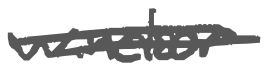
Text: Windsor
Cross-out: double-line
Writing tool: digital_gray